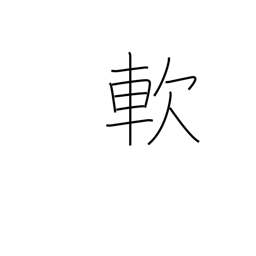
Meaning: soft